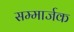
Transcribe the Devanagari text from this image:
सम्मार्जक